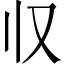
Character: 𰀡